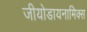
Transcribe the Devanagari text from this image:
जीयोडायनामिक्स